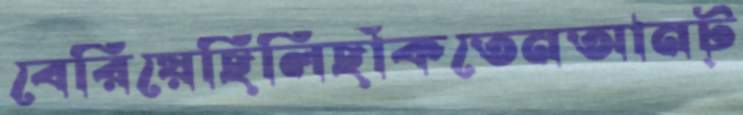
বেরিয়েছিলিছাঁকতেনআনট্